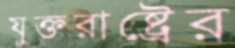
যুক্তরাষ্ট্রের